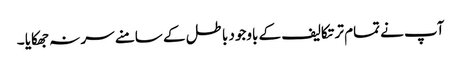
آپ نے تمام تر تکالیف کے باوجود باطل کے سامنے سر نہ جھکایا ۔